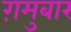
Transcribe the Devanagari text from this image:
ग़मुबार